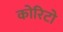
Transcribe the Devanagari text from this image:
कोरिटो